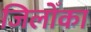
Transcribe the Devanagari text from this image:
जिलोँका